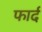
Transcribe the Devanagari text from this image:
फार्द